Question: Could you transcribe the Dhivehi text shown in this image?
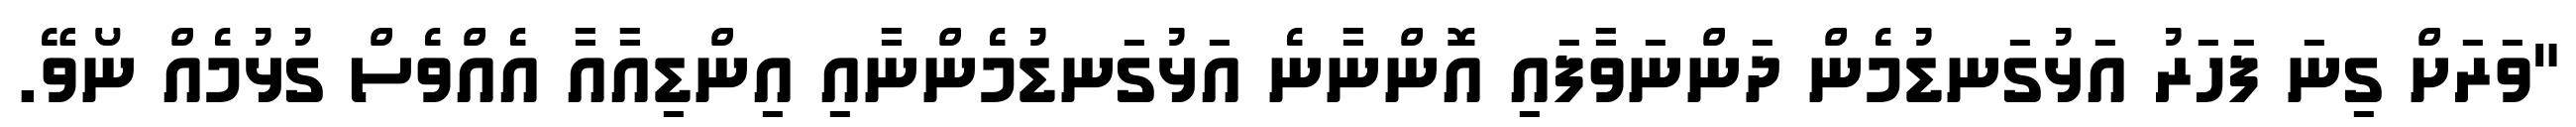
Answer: "ވަރަށް ގިނަ ފަހަރު އަޅުގަނޑުމެން ދަންނަވާފައި އޮންނާނެ އަޅުގަނޑުމެންނާއި އިންޑިއާއާ އެއްވެސް ގުޅުމެއް ނޯވޭ.